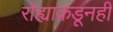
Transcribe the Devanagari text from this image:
रोह्याकडूनही